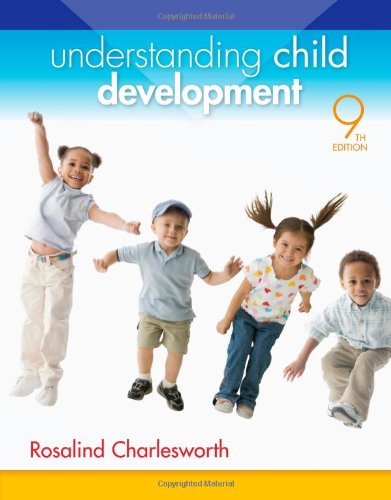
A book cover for Understanding Child Development; Rosalind Charlesworth; Parenting & Relationships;